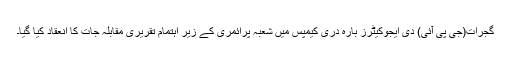
گجرات(جی پی آئی) دی ایجوکیٹرز بارہ دری کیمپس میں شعبہ پرائمری کے زیر اہتمام تقریری مقابلہ جات کا انعقاد کیا گیا۔